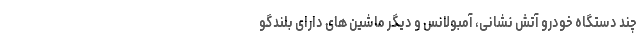
چند دستگاه خودرو آتش نشانی، آمبولانس و دیگر ماشین های دارای بلندگو